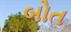
બોત